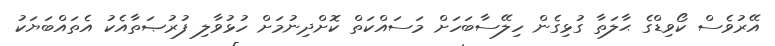
އޭރުވެސް ކޯވިޑްގެ ޙާލަތާ ގުޅިގެން ހިލޭސާބަހަށް މަސައްކަތް ކޮށްދިނުމަށް ހުޅުވާލި ފުރުޞަތާއެކު އެތައްބަޔަކު